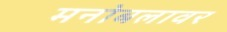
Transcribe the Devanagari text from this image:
मनोबलावर